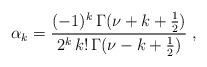
LaTeX: \begin{align*}\alpha_k=\frac{(-1)^k\,\Gamma(\nu+k+\frac{1}{2})}{2^k\,k!\,\Gamma(\nu-k+\frac{1}{2})}\;,\end{align*}